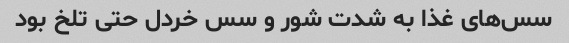
سس‌های غذا به شدت شور و سس خردل حتی تلخ بود